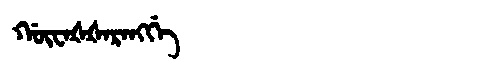
Manchu: ᡤᡡᠸᠠᡧᡧᠠᡵᠠᠩᡤᡝ
Romanization: GŪWAŠŠARANGGE